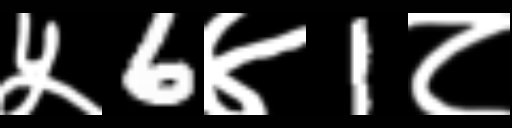
Text: ५6४1८